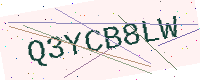
Text: Q3YCB8LW